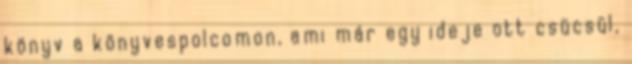
könyv a könyvespolcomon, ami már egy ideje ott csücsül,